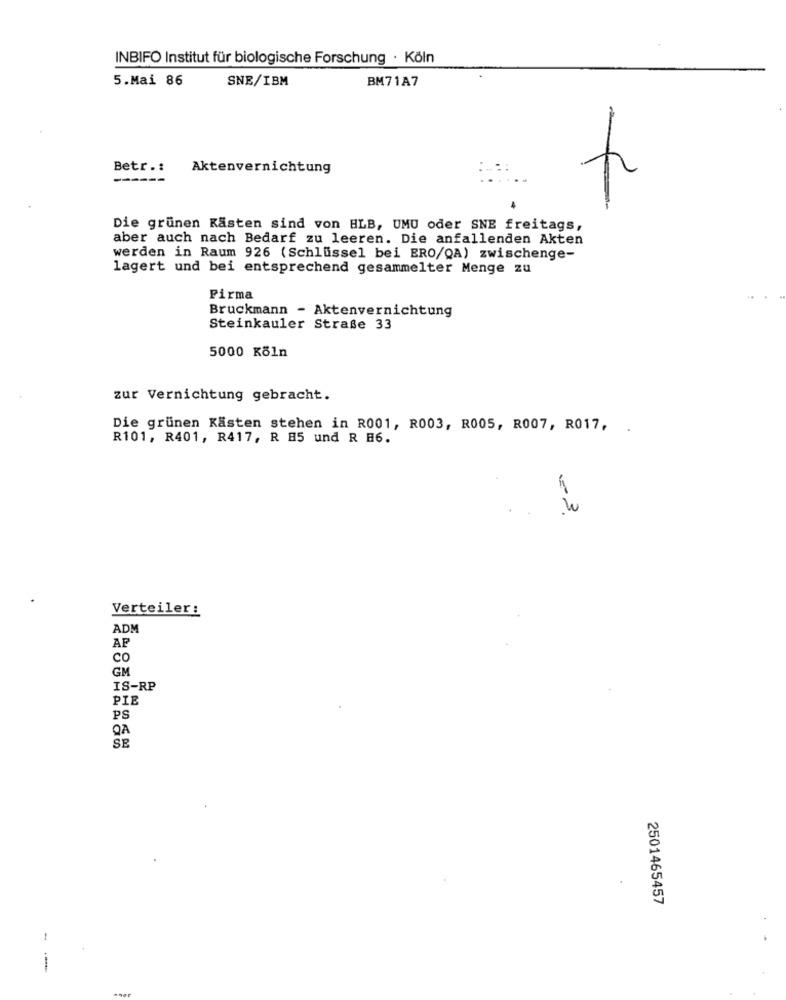
INBIFO Institut für biologische Forschung · Köln
5.Mai 86
SNE/IBM
BM71A7
Betr .:
Aktenvernichtung
Die grünen Kasten sind von HLB, UMU oder SNE freitags,
aber auch nach Bedarf zu leeren. Die anfallenden Akten
werden in Raum 926 (Schlüssel bei ERO/QA) zwischenge-
lagert und bei entsprechend gesammelter Menge zu
Firma
Bruckmann - Aktenvernichtung
Steinkauler Straße 33
5000 Köln
zur Vernichtung gebracht.
Die grünen Kasten stehen in R001, R003, R005, R007, R017,
R101, R401, R417, R H5 und R E6.
Verteiler:
ADM
AF
CO
GM
IS-RP
PIE
PS
QA
SE
2501465457
-